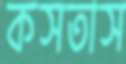
কসতাস